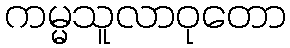
ကမ္မသူလာဝုတော